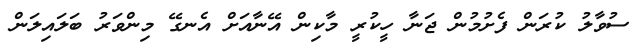
ސުވާލު ކުރަން ފެށުމުން ޖަނާ ހީކުރީ މާކިން އޭނާއަށް އެނގޭ މިންވަރު ބަލައިލަން